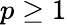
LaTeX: p\geq 1